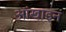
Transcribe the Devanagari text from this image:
आंखाइन